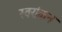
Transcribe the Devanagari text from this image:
स्वरांकन